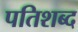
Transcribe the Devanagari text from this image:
पतिशब्द